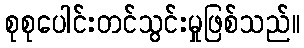
စုစုပေါင်းတင်သွင်းမှုဖြစ်သည်။